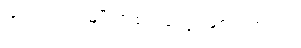
အလင်းအမျိုးအစားတွေ ဖြစ်ပါတယ်။